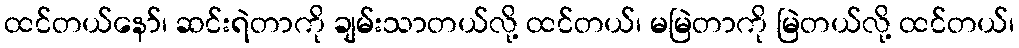
ထင်တယ်နော်၊ ဆင်းရဲတာကို ချမ်းသာတယ်လို့ ထင်တယ်၊ မမြဲတာကို မြဲတယ်လို့ ထင်တယ်၊